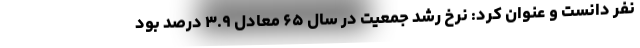
نفر دانست و عنوان کرد: نرخ رشد جمعیت در سال ۶۵ معادل ۳.۹ درصد بود